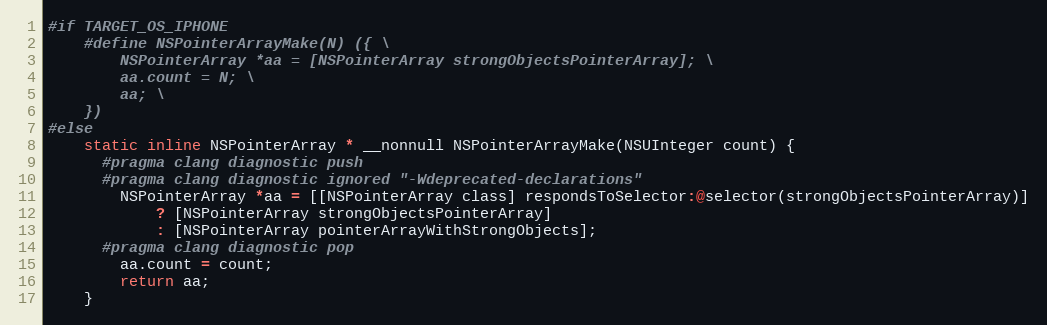
Language: C
#if TARGET_OS_IPHONE
    #define NSPointerArrayMake(N) ({ \
        NSPointerArray *aa = [NSPointerArray strongObjectsPointerArray]; \
        aa.count = N; \
        aa; \
    })
#else
    static inline NSPointerArray * __nonnull NSPointerArrayMake(NSUInteger count) {
      #pragma clang diagnostic push
      #pragma clang diagnostic ignored "-Wdeprecated-declarations"
        NSPointerArray *aa = [[NSPointerArray class] respondsToSelector:@selector(strongObjectsPointerArray)]
            ? [NSPointerArray strongObjectsPointerArray]
            : [NSPointerArray pointerArrayWithStrongObjects];
      #pragma clang diagnostic pop
        aa.count = count;
        return aa;
    }